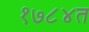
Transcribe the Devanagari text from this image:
१७८४त